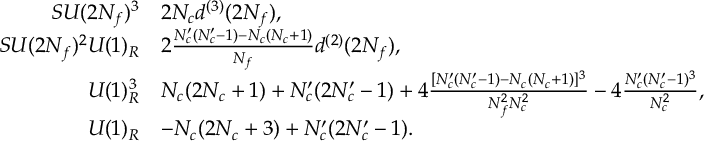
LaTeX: \begin{array} { r l } { { S U ( 2 N _ { f } ) ^ { 3 } } } & { { 2 N _ { c } d ^ { ( 3 ) } ( 2 N _ { f } ) , } } \\ { { S U ( 2 N _ { f } ) ^ { 2 } U ( 1 ) _ { R } } } & { { 2 \frac { N _ { c } ^ { \prime } ( N _ { c } ^ { \prime } - 1 ) - N _ { c } ( N _ { c } + 1 ) } { N _ { f } } d ^ { ( 2 ) } ( 2 N _ { f } ) , } } \\ { { U ( 1 ) _ { R } ^ { 3 } } } & { { N _ { c } ( 2 N _ { c } + 1 ) + N _ { c } ^ { \prime } ( 2 N _ { c } ^ { \prime } - 1 ) + 4 \frac { [ N _ { c } ^ { \prime } ( N _ { c } ^ { \prime } - 1 ) - N _ { c } ( N _ { c } + 1 ) ] ^ { 3 } } { N _ { f } ^ { 2 } N _ { c } ^ { 2 } } - 4 \frac { N _ { c } ^ { \prime } ( N _ { c } ^ { \prime } - 1 ) ^ { 3 } } { N _ { c } ^ { 2 } } , } } \\ { { U ( 1 ) _ { R } } } & { { - N _ { c } ( 2 N _ { c } + 3 ) + N _ { c } ^ { \prime } ( 2 N _ { c } ^ { \prime } - 1 ) . } } \end{array}